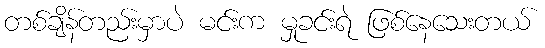
တစ်ချိန်တည်းမှာပဲ မင်းက မှုခင်းရဲ ဖြစ်နေသေးတယ်